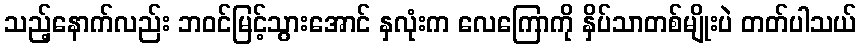
သည့်နောက်လည်း ဘဝင်မြင့်သွားအောင် နှလုံးက လေကြောကို နှိပ်သာတစ်မျိုးပဲ တတ်ပါသယ်